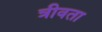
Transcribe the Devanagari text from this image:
त्रीवता